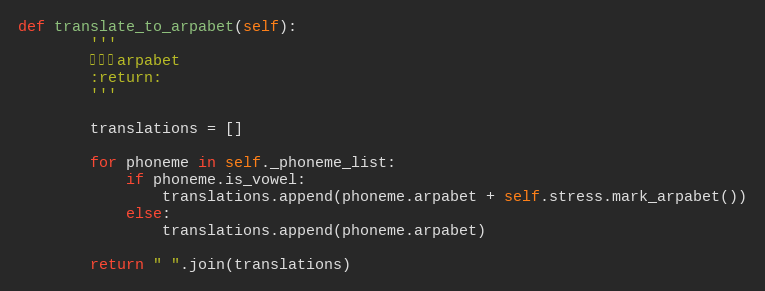
Language: Python
def translate_to_arpabet(self):
        '''
        转换成arpabet
        :return:
        '''

        translations = []

        for phoneme in self._phoneme_list:
            if phoneme.is_vowel:
                translations.append(phoneme.arpabet + self.stress.mark_arpabet())
            else:
                translations.append(phoneme.arpabet)

        return " ".join(translations)